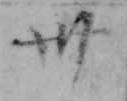
卅